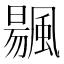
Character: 䬗